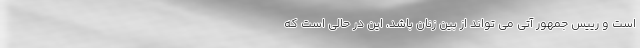
است و رییس جمهور آتی می تواند از بین زنان باشد، این در حالی است که